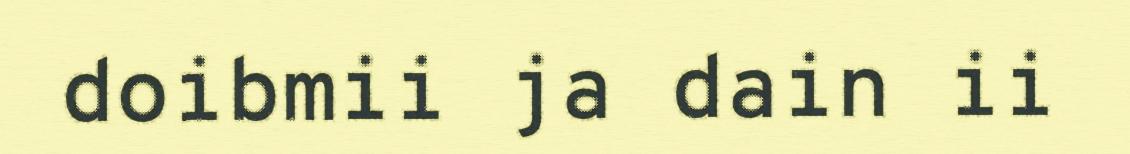
doibmii ja dain ii